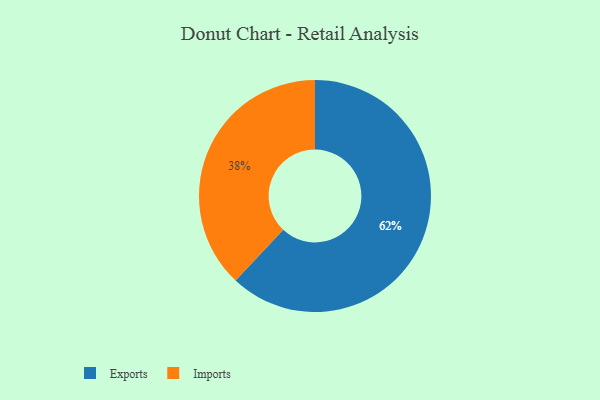
{"axis": {"x": "Category", "y": "Percentage"}, "legend": ["Exports", "Imports"], "data": [{"x": "Imports", "y": 38, "type": "Imports"}, {"x": "Exports", "y": 62, "type": "Exports"}]}